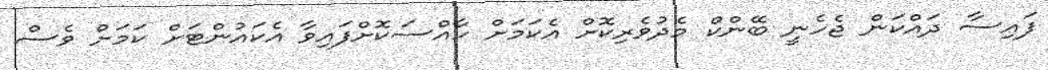
ފައިސާ ދައްކަން ޖެހެނީ ބޭންކް މެދުވެރިކޮށް އެކަމަށް ހާއްސަކޮށްފައިވާ އެކައުންޓަށް ކަމަށް ވެސް